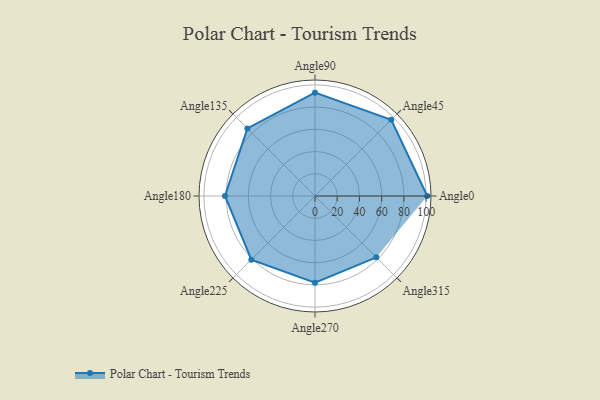
{"axis": {"x": "Angle", "y": "Radius"}, "legend": [""], "data": [{"x": "Angle0", "y": 101.0, "type": ""}, {"x": "Angle45", "y": 97.0, "type": ""}, {"x": "Angle90", "y": 93.0, "type": ""}, {"x": "Angle135", "y": 86.0, "type": ""}, {"x": "Angle180", "y": 81.0, "type": ""}, {"x": "Angle225", "y": 81.0, "type": ""}, {"x": "Angle270", "y": 78.0, "type": ""}, {"x": "Angle315", "y": 78.0, "type": ""}]}